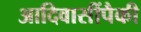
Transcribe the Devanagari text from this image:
आदिवासींपैकी